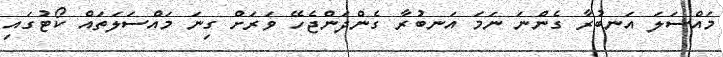
މައްސަލަ އަނބުރާ ގެންނަ ނަމަ އަނބުރާ ގެންދަންޖެހޭ ވަރަށް ގިނަ މައްސަލަތައް ކޯޓުގައި